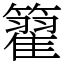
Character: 籊